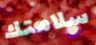
سلامتك